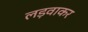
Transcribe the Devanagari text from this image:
लड़वाकर